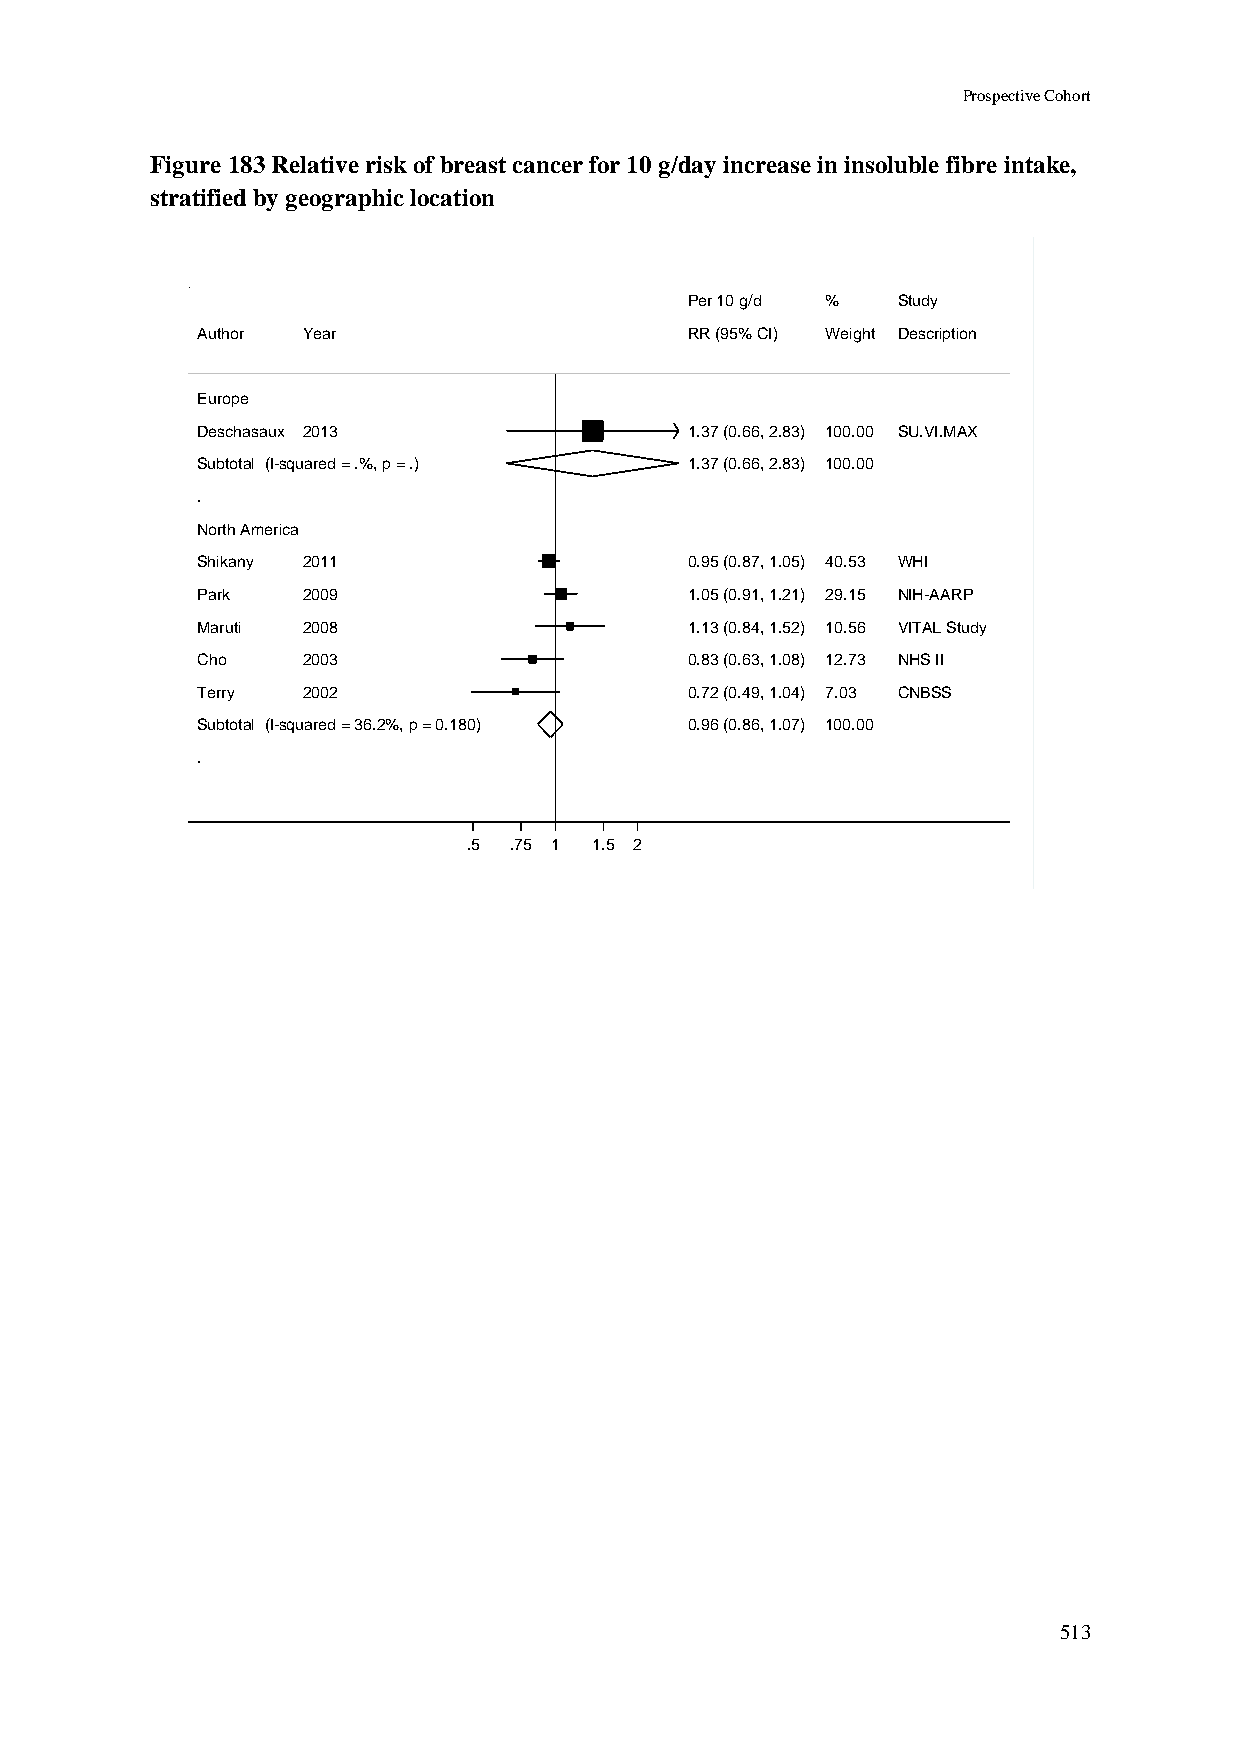
Prospective Cohort
 Figure 183 Relative risk of breast cancer for 10 g/day increase in insoluble fibre intake,
 stratified by geographic location
 PPeerr 1100 gg//dd %% Study
 Author Year                      RRRR ((9955%% CCII)) WWeeiigghhtt Description
 Europe
 Deschasaux 2013                  11..3377 ((00..6666,, 22..8833)) 110000..0000 SU.VI.MAX
 Subtotal (I-squared = .%, p = .) 11..3377 ((00..6666,, 22..8833)) 110000..0000
 .
 North America
 Shikany 2011                     00..9955 ((00..8877,, 11..0055)) 4400..5533 WHI
 Park   2009                      11..0055 ((00..9911,, 11..2211)) 2299..1155 NIH-AARP
 Maruti 2008                      11..1133 ((00..8844,, 11..5522)) 1100..5566 VITAL Study
 Cho    2003                      00..8833 ((00..6633,, 11..0088)) 1122..7733 NHS II
 Terry  2002                      00..7722 ((00..4499,, 11..0044)) 77..0033 CNBSS
 Subtotal (I-squared = 36.2%, p = 0.180) 00..9966 ((00..8866,, 11..0077)) 110000..0000
 .
 .5 .75 11 1.5 2
 513